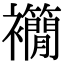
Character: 𧟉